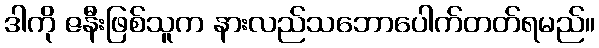
ဒါကို ဇနီးဖြစ်သူက နားလည်သဘောပေါက်တတ်ရမည်။